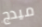
ميدج